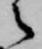
之